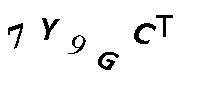
7Y9GCT